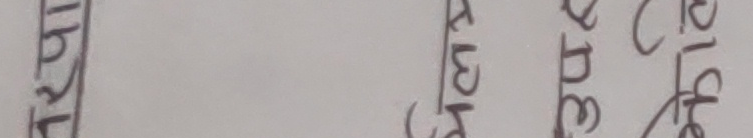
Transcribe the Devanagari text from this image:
खल्लो माझ सांग